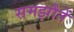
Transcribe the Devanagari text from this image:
समझौतें